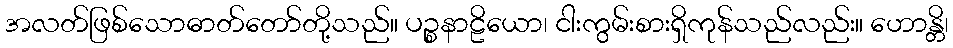
အလတ်ဖြစ်သောဓာတ်တော်တို့သည်။ ပဉ္စနာဠိယော၊ ငါးကွမ်းစားရှိကုန်သည်လည်း။ ဟောန္တိ၊